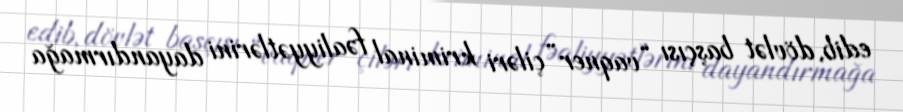
edib, dövlət başçısı “vaqner”çiləri kriminal fəaliyyətlərini dayandırmağa